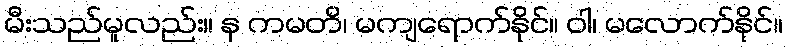
မီးသည်မူလည်း။ န ကမတိ၊ မကျရောက်နိုင်။ ဝါ၊ မလောက်နိုင်။